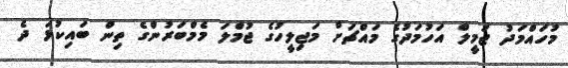
މުހައްމަދު ޖަމީލް އަހުމަދުގެ މައްޗަށް މަޖިލީހުގެ ޖުމްލަ މެމްބަރުންގެ ތިން ބައިކުޅަ ދެ